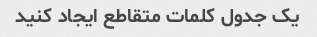
یک جدول کلمات متقاطع ایجاد کنید